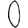
Digit: 0